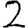
Digit: 2